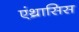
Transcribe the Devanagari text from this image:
एंथ्रासिस